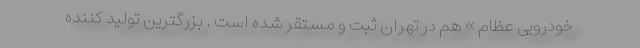
خودرویی عظام » هم در تهران ثبت و مستقر شده است . بزرگترین تولید کننده